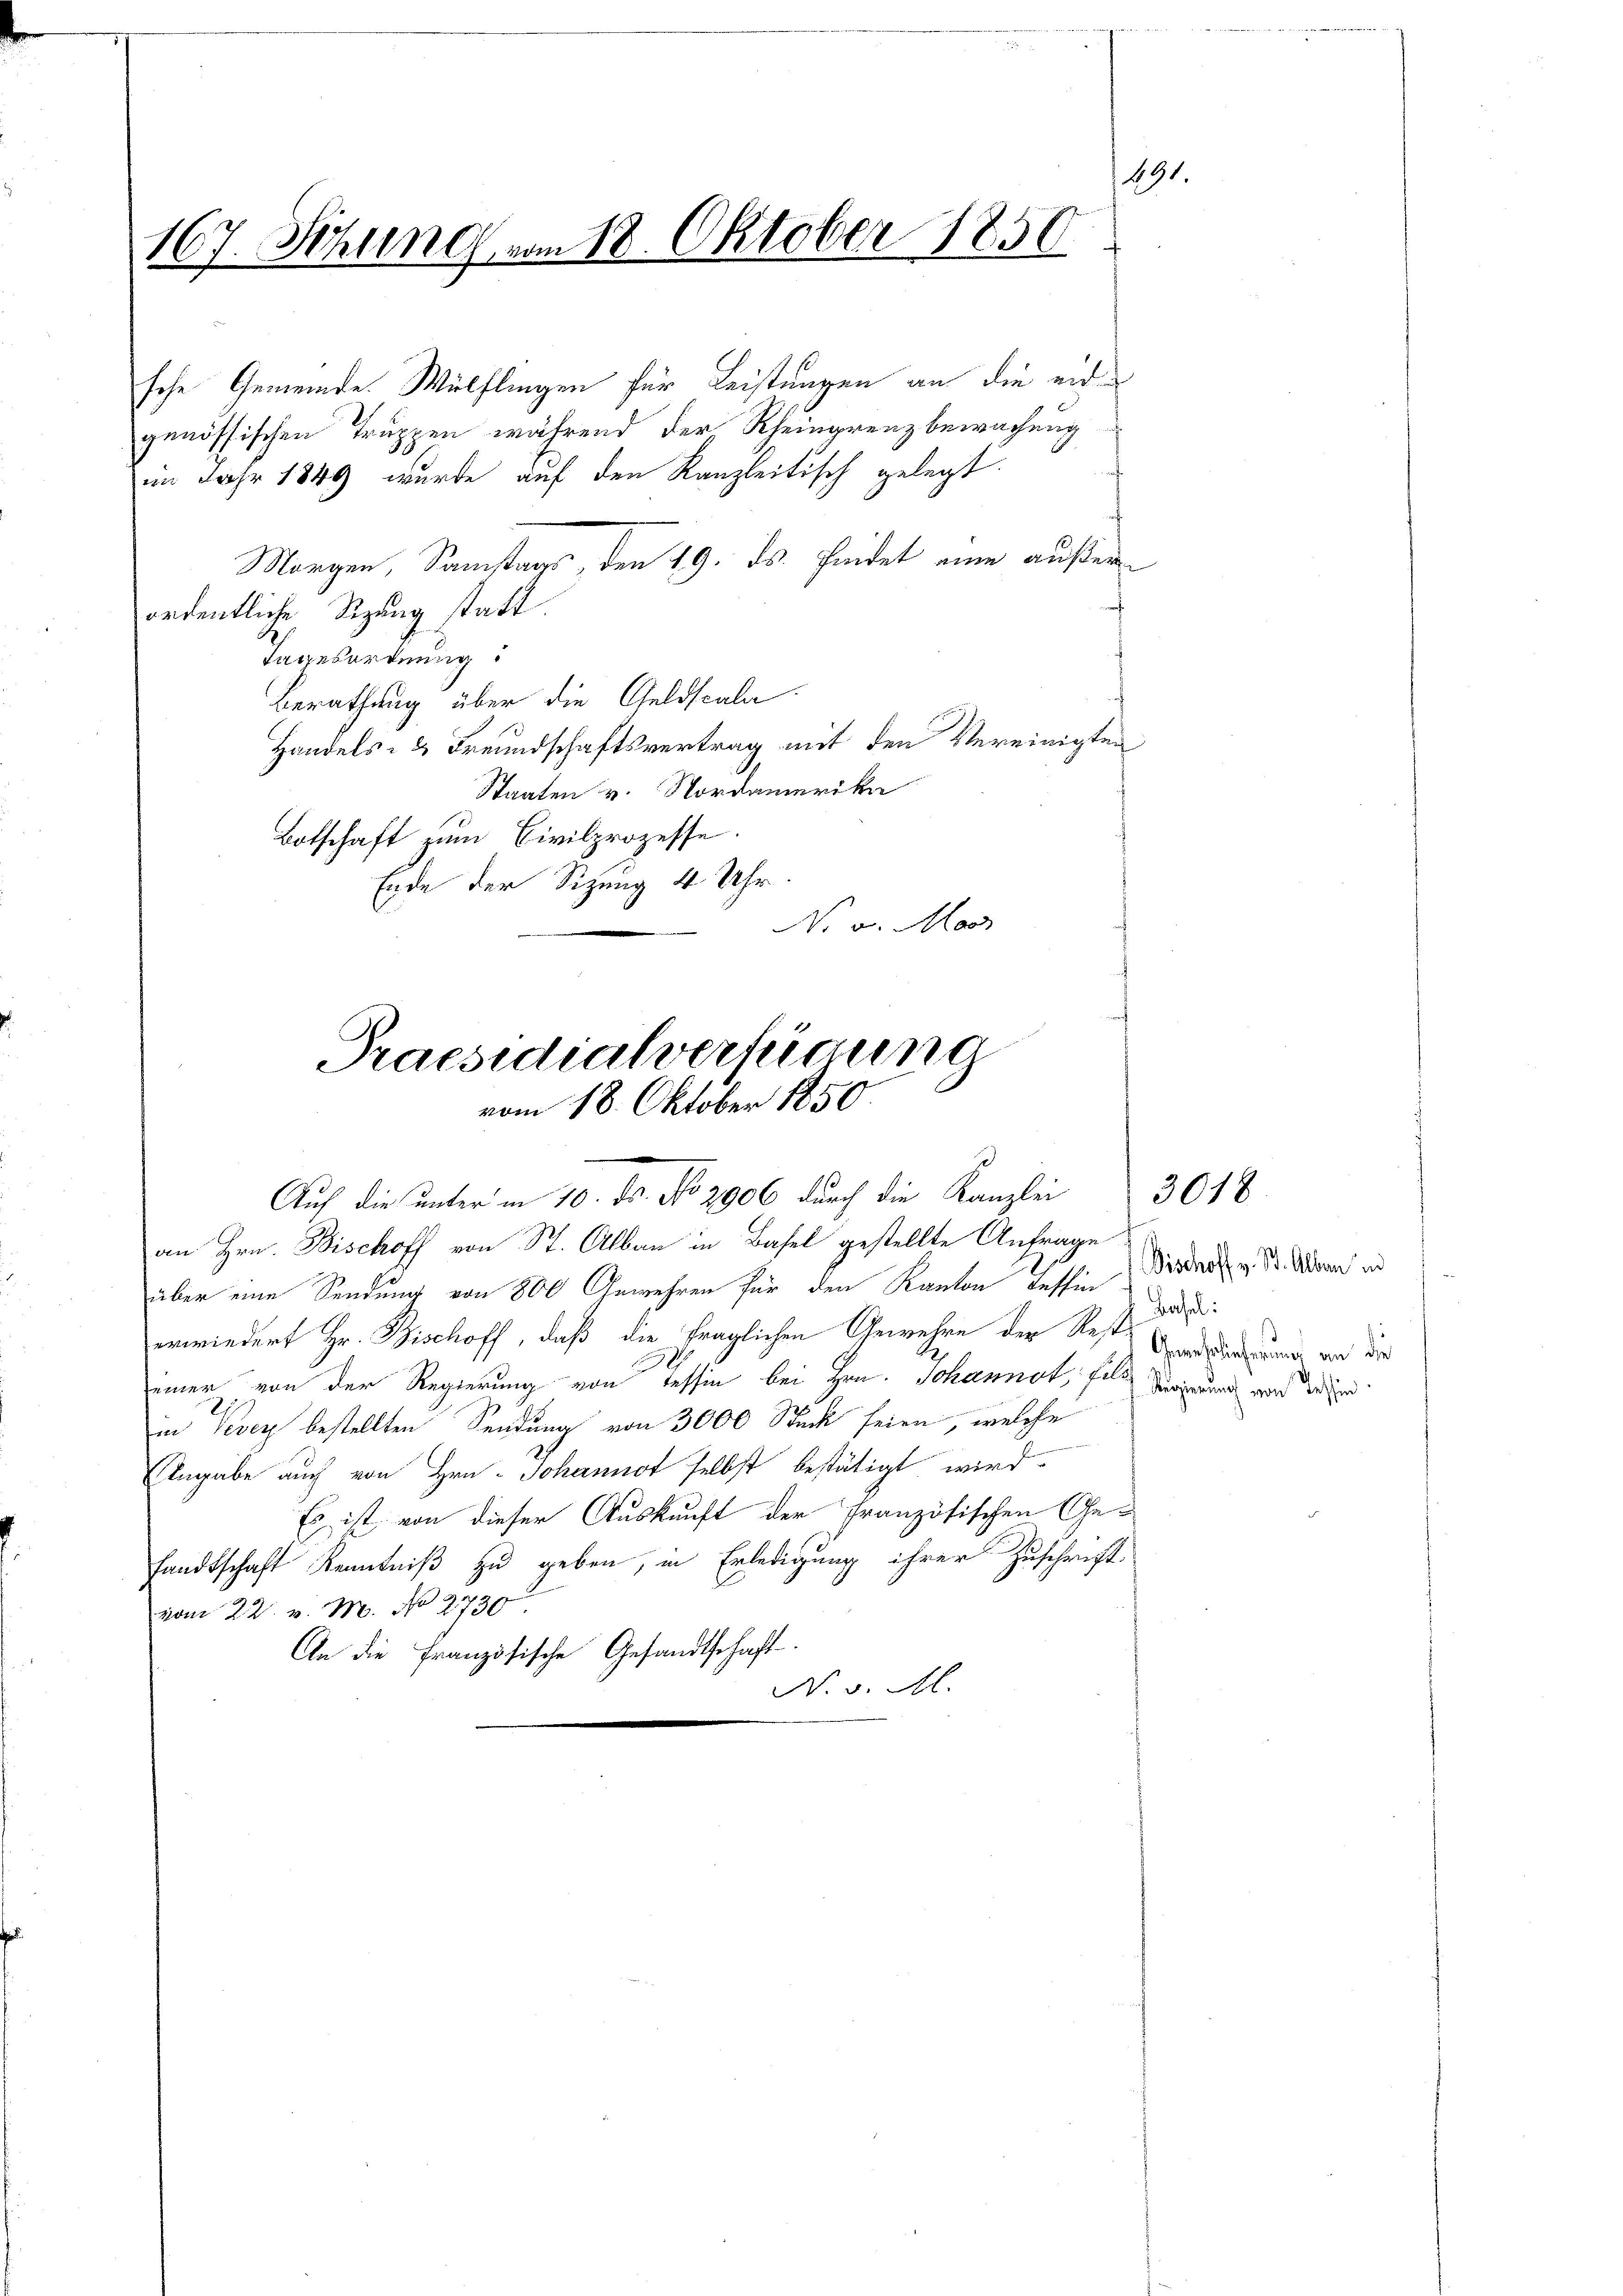
sche Gemeinde Wülflingen für Leistungen an die eidgenössischen Truppen während der Rheingrenzbewachung
im Jahr 1849 wurde auf den Kanzleitisch gelegt.
Morgen, Samstans, den 19. ds. findet eine außerordentliche Sizung statt.
Tagesordnung
Berathung über die Geldscala.
Handels- & Freundschaftsvertrag mit den Vereinigten
Staaten v. Nordamerika
Botschaft zum Civilprozesse.
Ende der Sizung 4 Uhr
N v. Mos

191.
167. Sehling vom 18. Oktober 1850.
2

vom 18. Oktober 1850

Praesidialverfügung
Auf die unter in 10. ds. No 2906 durch die Kanzlei

an Hrn. Bischoff von St. Albau in Basel gestellte Anfrage
über eine Sendung von 800 Gewehren für den Kanton Tessin
erwiedert Hr. Bischoff, daß die fraglichen Gewehre der Rest
.
E
einer von der Regierung von Tessin bei Hrn. Schannot, fo vierung wird den
in Vevey bestellten Sendung von 3000 Stück seien, welche
Angabe auch von Hrn. Johannot selbst bestätigt wird.
Es ist von dieser Auskunft der Französischen Ge-
sandtschaft Kenntniß zu geben, in Erledigung ihrer Zuschrift
vom 22. v. M. No 2730
An die Französische Gesandtschaft
N. v. M.

3018

Bischoff v. St. Alber ind
Bahel:
Gewehrlieferung an die